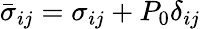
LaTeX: \bar{\sigma}_{ij}=\sigma_{ij}+P_{0}\delta_{ij}